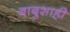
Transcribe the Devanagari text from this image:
बाबुशाही